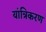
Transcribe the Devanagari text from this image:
यांत्रिकरण